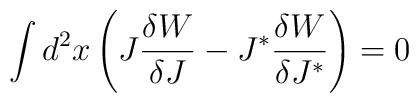
\int d^2x \left( J\frac{\delta W}{\delta J} -J^\ast\frac{\delta W}{\delta J^\ast} \right) = 0